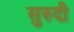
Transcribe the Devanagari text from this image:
सुरुदी